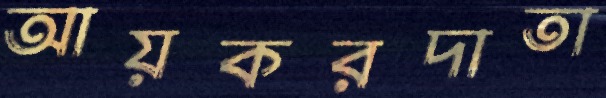
আয়করদাতা